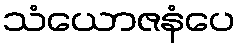
သံယောဇနံပေ